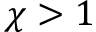
\chi > 1